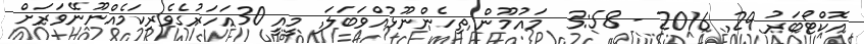
އޮކްޓޯބަރު 29